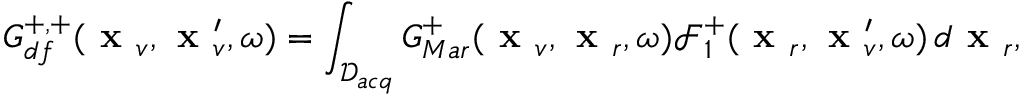
G _ { d f } ^ { + , + } ( \textbf { x } _ { v } , \textbf { x } _ { v } ^ { \prime } , \omega ) = \int _ { \mathcal { D } _ { a c q } } G _ { M a r } ^ { + } ( \textbf { x } _ { v } , \textbf { x } _ { r } , \omega ) \mathcal { F } _ { 1 } ^ { + } ( \textbf { x } _ { r } , \textbf { x } _ { v } ^ { \prime } , \omega ) \, d \textbf { x } _ { r } ,